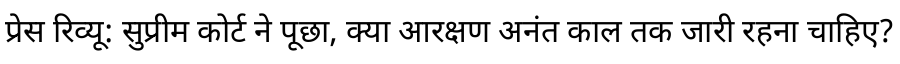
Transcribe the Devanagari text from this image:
प्रेस रिव्यू: सुप्रीम कोर्ट ने पूछा, क्या आरक्षण अनंत काल तक जारी रहना चाहिए?